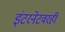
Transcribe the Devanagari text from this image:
इंटरनेटवरही